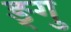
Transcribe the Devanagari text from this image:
ङ्गु